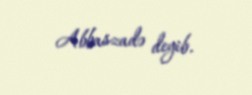
Abbaszadə deyib.